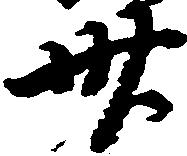
卅